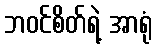
ဘဝင်စိတ်ရဲ့ အာရုံ